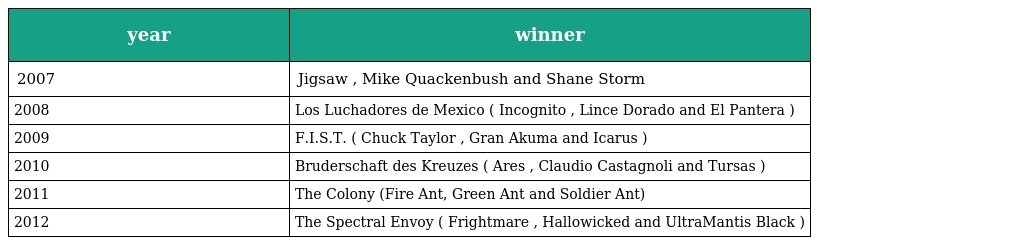
| year | winner |
 | --- | --- |
 | 2007 | Jigsaw , Mike Quackenbush and Shane Storm |
 | 2008 | Los Luchadores de Mexico ( Incognito , Lince Dorado and El Pantera ) |
 | 2009 | F.I.S.T. ( Chuck Taylor , Gran Akuma and Icarus ) |
 | 2010 | Bruderschaft des Kreuzes ( Ares , Claudio Castagnoli and Tursas ) |
 | 2011 | The Colony (Fire Ant, Green Ant and Soldier Ant) |
 | 2012 | The Spectral Envoy ( Frightmare , Hallowicked and UltraMantis Black ) |